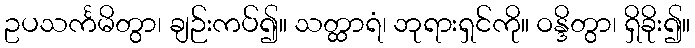
ဥပသင်္ကမိတွာ၊ ချဉ်းကပ်၍။ သတ္ထာရံ၊ ဘုရားရှင်ကို။ ဝန္ဒိတွာ၊ ရှိခိုး၍။